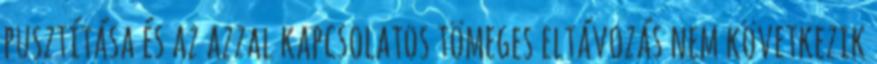
pusztítása és az azzal kapcsolatos tömeges eltávozás nem következik